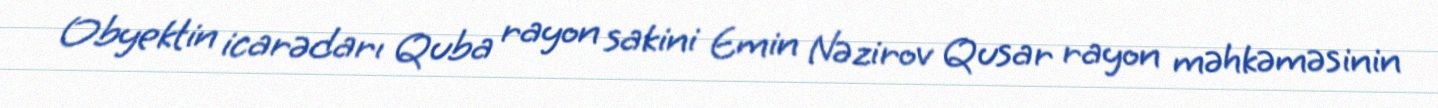
Obyektin icarədarı Quba rayon sakini Emin Nəzirov Qusar rayon məhkəməsinin